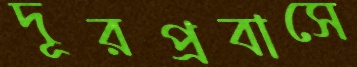
দূরপ্রবাসে